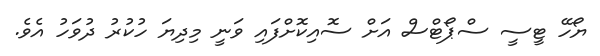
ޔޯހޭ ޓީސީ ސްޕޯޓްސް އަށް ސޮއިކޮށްފައި ވަނީ މިދިޔަ ހުކުރު ދުވަހު އެވެ.